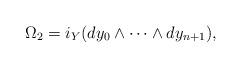
LaTeX: \begin{gather*}\Omega_2 =i_Y(dy_0\wedge\cdots\wedge dy_{n+1}),\end{gather*}